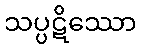
သပ္ပဋိဿော